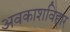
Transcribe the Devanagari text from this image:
अवकाशविहार